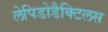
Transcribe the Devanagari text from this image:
लेपिडोडैक्टिलस